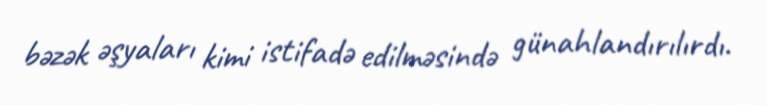
bəzək əşyaları kimi istifadə edilməsində günahlandırılırdı.